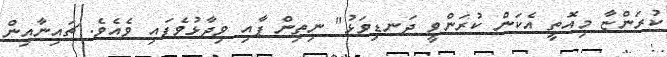
ކުރަންޏާ މިއޮތީ އެކަން ކުރަންވީ ދަނޑިވަޅު" ނިތިން ޕާއި ވިދާޅުވެފައި ވެއެވެ. ޗައިނާއިން